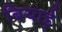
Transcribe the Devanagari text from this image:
बियाई